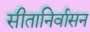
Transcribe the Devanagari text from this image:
सीतानिर्वासन